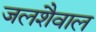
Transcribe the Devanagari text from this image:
जलशैवाल